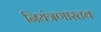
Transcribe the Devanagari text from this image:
नियंत्रणास्तव